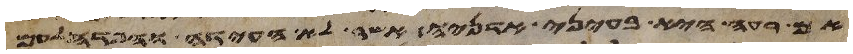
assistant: אם רעה היא בעיני אדניה אשר לא העידה והפדה לעם